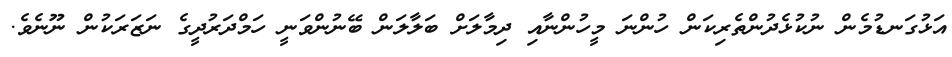
އަޅުގަނޑުމެން ނުކުޅެދުންތެރިކަން ހުންނަ މީހުންނާއި ދިމާލަށް ބަލާލަން ބޭނުންވަނީ ހަމްދަރުދީގެ ނަޒަރަކުން ނޫނެވެ.